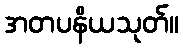
အတပနိယသုတ်။